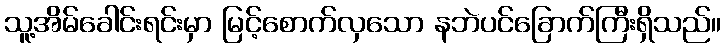
သူ့အိမ်ခေါင်းရင်းမှာ မြင့်စောက်လှသော နဘဲပင်ခြောက်ကြီးရှိသည်။